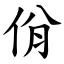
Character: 佾